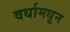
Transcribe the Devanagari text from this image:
वर्धामधून